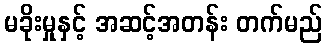
မခိုးမှုနှင့် အဆင့်အတန်း တက်မည်